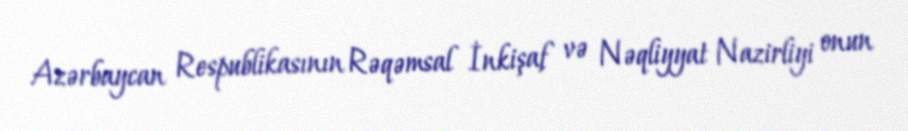
Azərbaycan Respublikasının Rəqəmsal İnkişaf və Nəqliyyat Nazirliyi onun